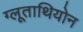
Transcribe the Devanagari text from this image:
ग्लूताथियोन